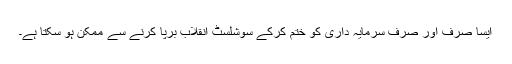
ایسا صرف اور صرف سرمایہ داری کو ختم کرکے سوشلسٹ انقلاب برپا کرنے سے ممکن ہو سکتا ہے۔